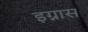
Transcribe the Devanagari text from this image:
इग्नास